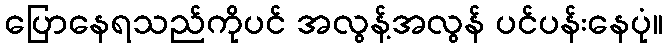
ပြောနေရသည်ကိုပင် အလွန့်အလွန် ပင်ပန်းနေပုံ။